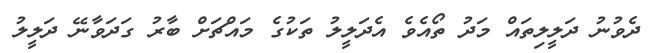
ދެވުނު ދަލީލިތައް މަދު ތޯއެވެ އެދަލީލު ތަކުގެ މައްޗަށް ބާރު ގަދަވާނޭ ދަލީލު